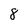
Character: 8